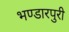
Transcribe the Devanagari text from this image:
भण्डारपुरी